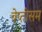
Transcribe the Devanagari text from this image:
बेप्तीसम